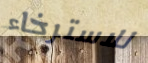
للاسترخاء